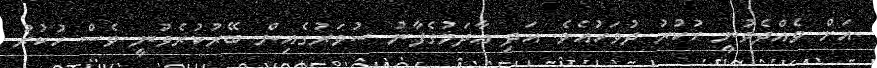
އަށް ވެއްދެވުނީ ހުކުރު ދުވަހުއެވެ. އަދި އާދަމުގެފާނު ސުވަރުގެއިން ބޭރުކުރެވުނީ ވެސް ހުކުރު